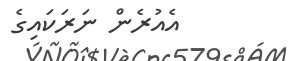
އެއުރެން ނަރަކައިގެ